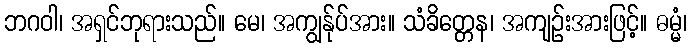
ဘဂဝါ၊ အရှင်ဘုရားသည်။ မေ၊ အကျွန်ုပ်အား။ သံခိတ္တေန၊ အကျဉ်းအားဖြင့်။ ဓမ္မံ၊